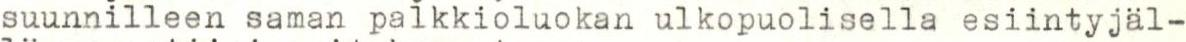
suunnilleen saman palkkioluokan ulkopuolisella esiintyjäl-